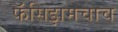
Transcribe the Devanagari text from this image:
फॅसिझमचाच